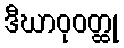
ဒီဃာဝုဝတ္ထု